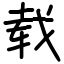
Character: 载